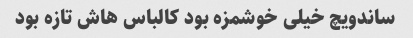
ساندویچ خیلی خوشمزه بود کالباس هاش تازه بود